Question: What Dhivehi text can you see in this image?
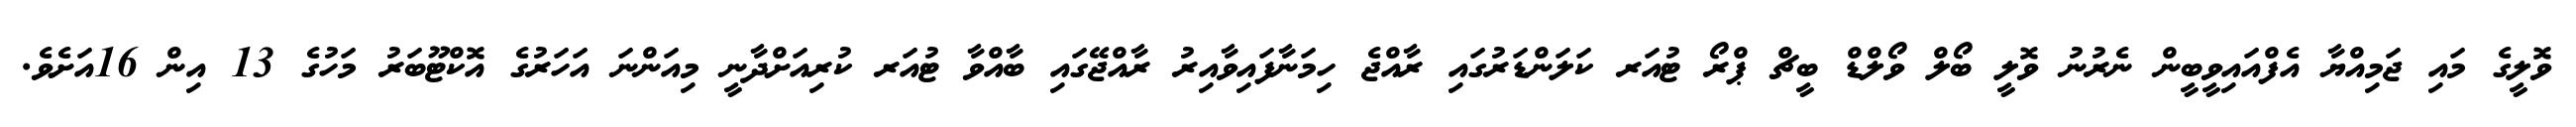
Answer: ވޮލީގެ މައި ޖަމިއްޔާ އެފްއައިވީބީން ނެރުނު ވޮލީ ބޯލް ވޯލްޑް ބީޗް ޕްރޯ ޓުއަރ ކަލަންޑަރުގައި ރާއްޖެ ހިމަނާފައިވާއިރު ރާއްޖޭގައި ބާއްވާ ޓުއަރ ކުރިއަށްދާނީ މިއަންނަ އަހަރުގެ އޮކްޓޫބަރު މަހުގެ 13 އިން 16އަށެވެ.